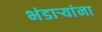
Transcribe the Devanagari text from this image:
भंडाऱ्यांना